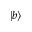
| b \rangle